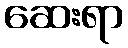
ဆေးရာ